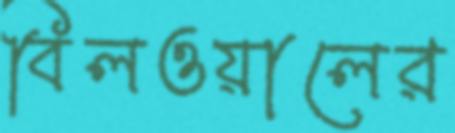
বিলওয়ালের